Indian journal of veterinary science and animal husbandry - Volume 4,
Year: 1934
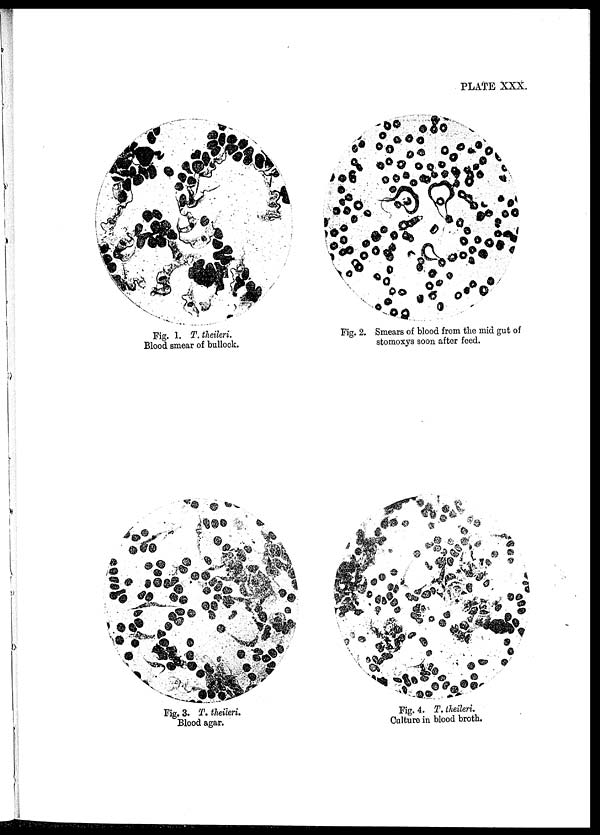
PLATE XXX.
Fig. 1. T.theileri.
Blood smear of bullock.
Fig. 2. Smears of blood from the mid gut of
stomoxys soon after feed.
Fig. 3. T. theileri.
Blood agar.
Fig. 4. T. theileri.
Culture in blood broth.